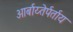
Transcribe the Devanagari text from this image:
आर्बाय्तेर्पर्ताय